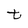
Character: t